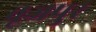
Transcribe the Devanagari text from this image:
बूजपुर